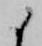
候